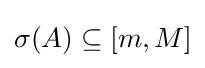
\sigma (A)\subseteq [m,M]